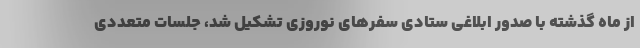
از ماه گذشته با صدور ابلاغی ستادی سفرهای نوروزی تشکیل شد، جلسات متعددی